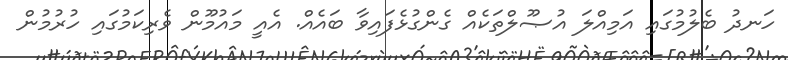
ހަނދު ބެލުމުގައި އަމިއްލަ އުޞޫލްތަކެއް ގެންގުޅެފައިވާ ބައެއް. އެއީ މައުމޫން ވެރިކަމުގައި ހުރުމުން